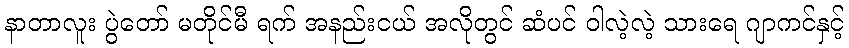
နာတာလူး ပွဲတော် မတိုင်မီ ရက် အနည်းငယ် အလိုတွင် ဆံပင် ဝါလဲ့လဲ့ သားရေ ဂျာကင်နှင့်